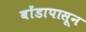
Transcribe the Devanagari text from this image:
बोंडापासून